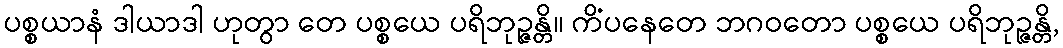
ပစ္စယာနံ ဒါယာဒါ ဟုတွာ တေ ပစ္စယေ ပရိဘုဉ္ဇန္တိ။ ကိံပနေတေ ဘဂဝတော ပစ္စယေ ပရိဘုဉ္ဇန္တိ,